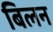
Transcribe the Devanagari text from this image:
बिलन